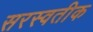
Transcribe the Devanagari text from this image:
सरस्वतीक